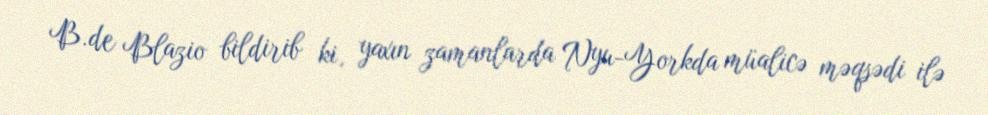
B.de Blazio bildirib ki, yaxın zamanlarda Nyu-Yorkda müalicə məqsədi ilə